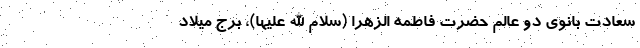
سعادت بانوی دو عالم حضرت فاطمه الزهرا (سلام الله علیها)، برج میلاد